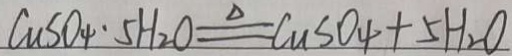
C u S O _ { 4 } \cdot 5 H _ { 2 } O \xlongequal { \Delta } C u S O _ { 4 } + 5 H _ { 2 } O